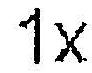
1X